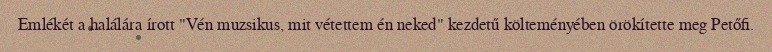
Emlékét a halálára írott "Vén muzsikus, mit vétettem én neked" kezdetű költeményében örökítette meg Petőfi.